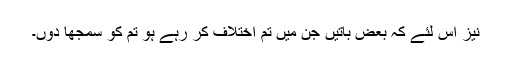
نیز اس لئے کہ بعض باتیں جن میں تم اختلاف کر رہے ہو تم کو سمجھا دوں۔